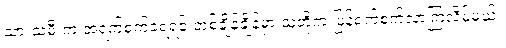
သားသမီးက အရက်စက်ခံရရင် တစ်ချိန်ချိန်မှာ သူတို့က ပြန်ရက်စက်လာကြလိမ့်မယ်။